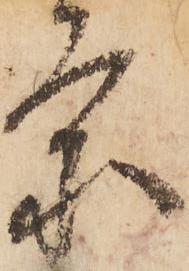
条